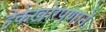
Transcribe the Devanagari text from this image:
हेकेखोरपणाने